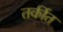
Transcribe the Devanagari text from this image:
तर्कीत